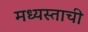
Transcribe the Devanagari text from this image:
मध्यस्ताची